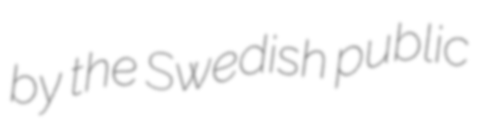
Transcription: by the Swedish public